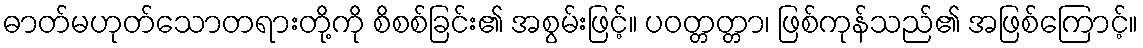
ဓာတ်မဟုတ်သောတရားတို့ကို စိစစ်ခြင်း၏ အစွမ်းဖြင့်။ ပဝတ္တတ္တာ၊ ဖြစ်ကုန်သည်၏ အဖြစ်ကြောင့်။